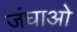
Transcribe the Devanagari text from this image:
जंघाओ